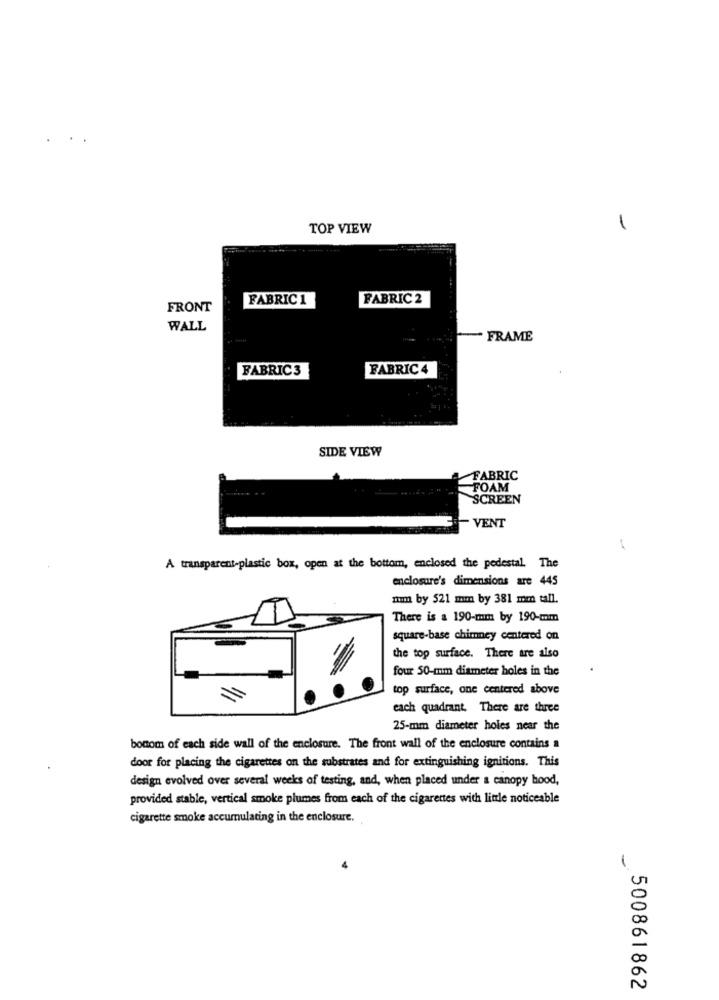
-
TOP VIEW
FABRIC 1
FABRIC 2
FRONT
WALL
FRAME
FABRIC3
FABRIC 4
SIDE VIEW
FABRIC
FOAM
SCREEN
- VENT
-
A transparent-plastic box, open at the bottom, enclosed the pedestal. The
enclosure's dimensions are 445
"hmm by 521 mm by 381 mm tall.
There is a 190-mm by 190-mm
square-base chimney centered on
the top surface. There are also
four 50-mm diameter holes in the
top surface, one centered above
each quadrant, There are three
25-mm diameter holes near the
bottom of each side wall of the enclosure. The front wall of the enclosure contains a
door for placing the cigarettes on the substrates and for extinguishing ignitions. This
design evolved over several weeks of testing, and, when placed under a canopy hood,
provided stable, vertical smoke plumes from each of the cigarettes with little noticeable
cigarette smoke accumulating in the enclosure.
500861862